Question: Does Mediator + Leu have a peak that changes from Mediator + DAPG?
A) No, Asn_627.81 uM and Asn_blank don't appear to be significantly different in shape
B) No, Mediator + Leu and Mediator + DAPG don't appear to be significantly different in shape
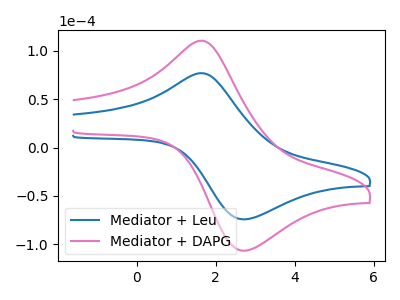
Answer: <think>The blue curve "Mediator + Leu" has an anodic peak at (1.65V, 76.85uA) and a cathodic peak at (2.75V, -74.25uA). The pink curve "Mediator + DAPG" has an anodic peak at (1.65V, 110.40uA) and a cathodic peak at (2.75V, -106.65uA).
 All the peaks in "Mediator + Leu" have a peak in "Mediator + DAPG" at the same potential. Every peak in "Mediator + Leu" is lower than every peak in "Mediator + DAPG".</think>
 <answer>B) No, "Mediator + Leu" and "Mediator + DAPG" don't appear to be significantly different in shape</answer>
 <eval>B</eval>